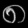
Digit: ၈